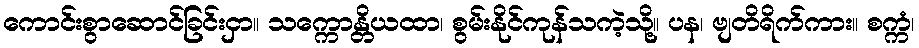
ကောင်းစွာဆောင်ခြင်းငှာ။ သက္ကောန္တိယထာ၊ စွမ်းနိုင်ကုန်သကဲ့သို့။ ပန၊ ဗျတိရိက်ကား။ စက္ကံ၊